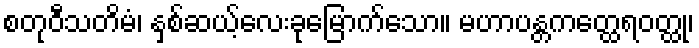
စတုဝီသတိမံ၊ နှစ်ဆယ့်လေးခုမြောက်သော။ မဟာပန္တကတ္ထေရဝတ္ထု၊